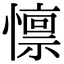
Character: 懔